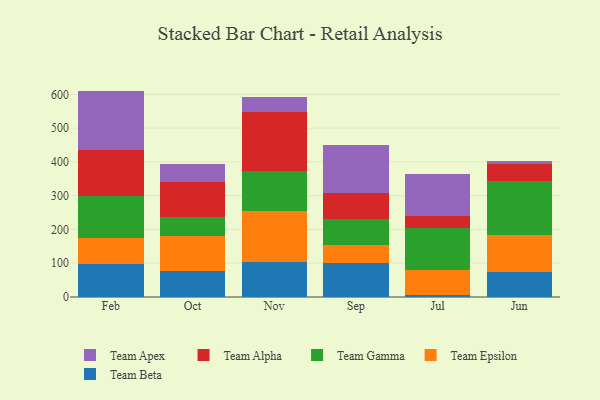
{"axis": {"x": "Month", "y": "LTV (USD)"}, "legend": ["Team Alpha", "Team Apex", "Team Beta", "Team Epsilon", "Team Gamma"], "data": [{"x": "Feb", "y": 99.0, "type": "Team Beta"}, {"x": "Feb", "y": 76.7, "type": "Team Epsilon"}, {"x": "Feb", "y": 123.4, "type": "Team Gamma"}, {"x": "Feb", "y": 137.3, "type": "Team Alpha"}, {"x": "Feb", "y": 173.9, "type": "Team Apex"}, {"x": "Oct", "y": 77.3, "type": "Team Beta"}, {"x": "Oct", "y": 101.9, "type": "Team Epsilon"}, {"x": "Oct", "y": 58.4, "type": "Team Gamma"}, {"x": "Oct", "y": 102.2, "type": "Team Alpha"}, {"x": "Oct", "y": 53.4, "type": "Team Apex"}, {"x": "Nov", "y": 105.0, "type": "Team Beta"}, {"x": "Nov", "y": 149.3, "type": "Team Epsilon"}, {"x": "Nov", "y": 118.2, "type": "Team Gamma"}, {"x": "Nov", "y": 176.6, "type": "Team Alpha"}, {"x": "Nov", "y": 43.7, "type": "Team Apex"}, {"x": "Sep", "y": 99.8, "type": "Team Beta"}, {"x": "Sep", "y": 55.0, "type": "Team Epsilon"}, {"x": "Sep", "y": 75.2, "type": "Team Gamma"}, {"x": "Sep", "y": 77.8, "type": "Team Alpha"}, {"x": "Sep", "y": 142.0, "type": "Team Apex"}, {"x": "Jul", "y": 5.2, "type": "Team Beta"}, {"x": "Jul", "y": 75.3, "type": "Team Epsilon"}, {"x": "Jul", "y": 124.9, "type": "Team Gamma"}, {"x": "Jul", "y": 34.3, "type": "Team Alpha"}, {"x": "Jul", "y": 125.6, "type": "Team Apex"}, {"x": "Jun", "y": 73.1, "type": "Team Beta"}, {"x": "Jun", "y": 110.4, "type": "Team Epsilon"}, {"x": "Jun", "y": 161.4, "type": "Team Gamma"}, {"x": "Jun", "y": 47.6, "type": "Team Alpha"}, {"x": "Jun", "y": 11.2, "type": "Team Apex"}]}